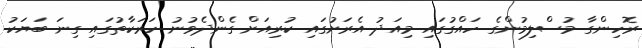
ރޮހިންގާ މުސްލިމުންގެ ހައްގުގައި މިއަދު އެރަށުގައި ކުރިއަށް ގެންދެވުނު ހަރަކާތުގައި ގިނަ ބަޔަކު